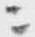
ニ